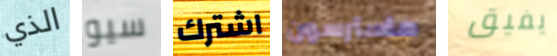
الذي سيو اشترك ماسترسون يفيق